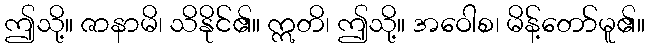
ဤသို့။ ဇာနာမိ၊ သိနိုင်၏။ ဣတိ၊ ဤသို့။ အဝေါစ၊ မိန့်တော်မူ၏။